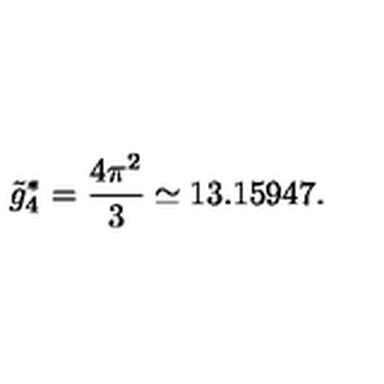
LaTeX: \tilde { g } _ { 4 } ^ { * } = \frac { 4 \pi ^ { 2 } } { 3 } \simeq 1 3 . 1 5 9 4 7 .